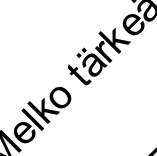
el k o t är k e